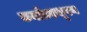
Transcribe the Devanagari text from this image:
कर्नाटकभूषण